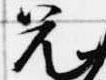
兄